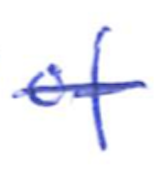
Text: of
Cross-out: single-line
Writing tool: ballpoint